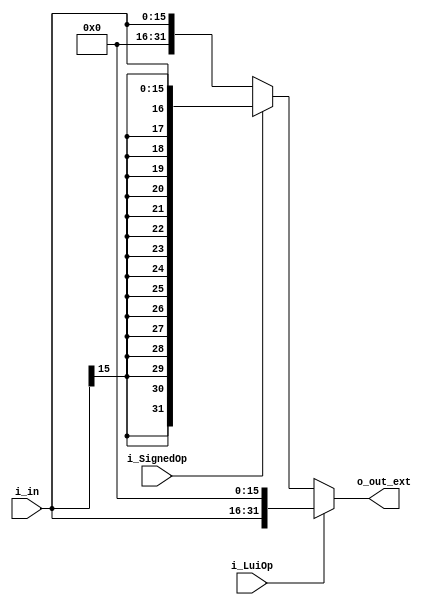
module ImmediateExtend
(
    input wire [15:0] i_in,       //Input data
    input wire i_LuiOp,           //
    input wire i_SignedOp,
    output wire [31:0] o_out_ext  //Output data
);

    assign o_out_ext = i_LuiOp ? {i_in, 16'h0} :i_SignedOp ? {{16{i_in[15]}}, i_in} :{16'h0, i_in};

endmodule